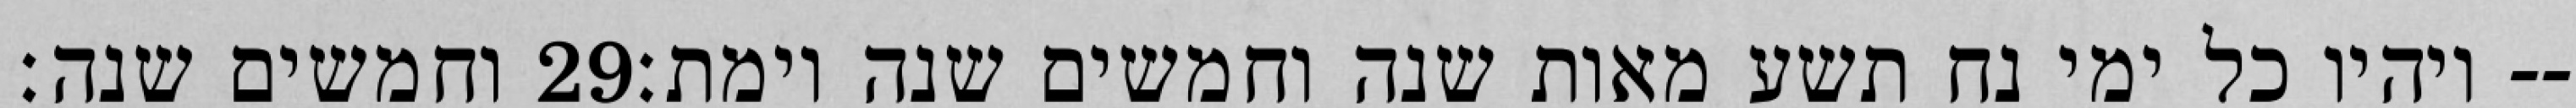
וחמשים שנה׃ ‎29‏ ויהיו כל ימי נח תשע מאות שנה וחמשים שנה וימת׃--